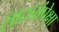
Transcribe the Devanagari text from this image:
साठ्यांपेक्षा